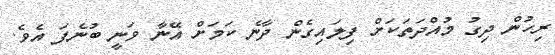
ރިހުން ދިގު މުއްދަތަކަށް ފިލައިގެން ދާނެ ކަމަށް އޭނާ ވަނީ ބުނެފަ އެވެ.